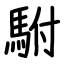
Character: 駙